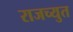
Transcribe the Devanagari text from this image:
राजच्युत